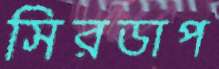
সিরডাপ